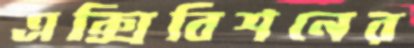
এক্সিবিশনের